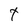
Character: t